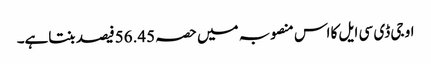
او جی ڈی سی ایل کا اس منصوبہ میں حصہ 56.45فیصد بنتاہے۔